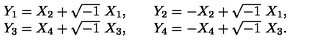
\begin{array} { l l } { Y _ { 1 } = X _ { 2 } + \sqrt { - 1 } \ X _ { 1 } , \quad } & { Y _ { 2 } = - X _ { 2 } + \sqrt { - 1 } \ X _ { 1 } , } \\ { Y _ { 3 } = X _ { 4 } + \sqrt { - 1 } \ X _ { 3 } , \quad } & { Y _ { 4 } = - X _ { 4 } + \sqrt { - 1 } \ X _ { 3 } . } \\ \end{array}